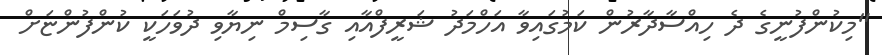
"މިކުންފުނީގެ ދެ ހިއްސާދާރުން ކަމުގައިވާ އަހްމަދު ޝަރީފްއާއި ގާސިމް ނިޔާވި ދުވަހަކީ ކުންފުންޏަށް